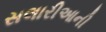
સલારીઆની